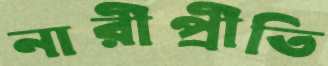
নারীপ্রীতি